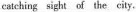
catching sight of the city.